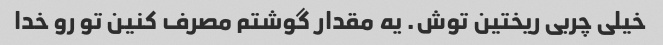
خیلی چربی ریختین توش. یه مقدار گوشتم مصرف کنین تو رو خدا